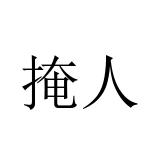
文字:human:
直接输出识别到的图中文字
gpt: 掩人